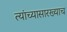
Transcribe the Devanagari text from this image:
त्यांच्यासारख्याच